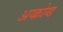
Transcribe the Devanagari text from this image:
अय्क्रोय्ड